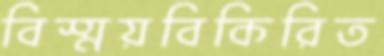
বিস্ময়বিকিরিত